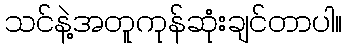
သင်နဲ့အတူကုန်ဆုံးချင်တာပါ။